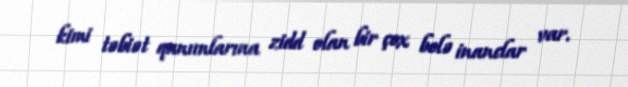
kimi təbiət qanunlarına zidd olan bir çox belə inanclar var.